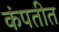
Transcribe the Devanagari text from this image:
कंपतीत